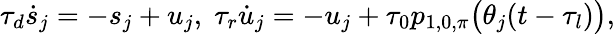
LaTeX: \tau_{d}\dot{s}_{j}=-s_{j}+u_{j},\; \tau_{r}\dot{u}_{j}=-u_{j}+\tau_{0}p_{1,0,\pi}\big(\theta_{j}(t-\tau_{l})\big),